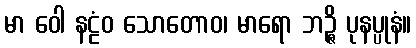
မာ ဝေါ နဠံဝ သောတောဝ၊ မာရော ဘဉ္ဇိ ပုနပ္ပုနံ။